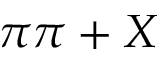
\pi \pi + X